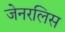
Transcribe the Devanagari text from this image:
जेनरलिस